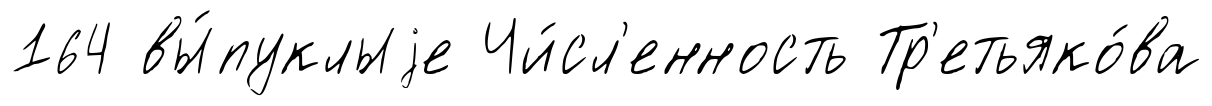
164 вы́пуклыjе Чи́сл'енность Тр'етьяко́ва